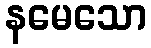
နမေသော